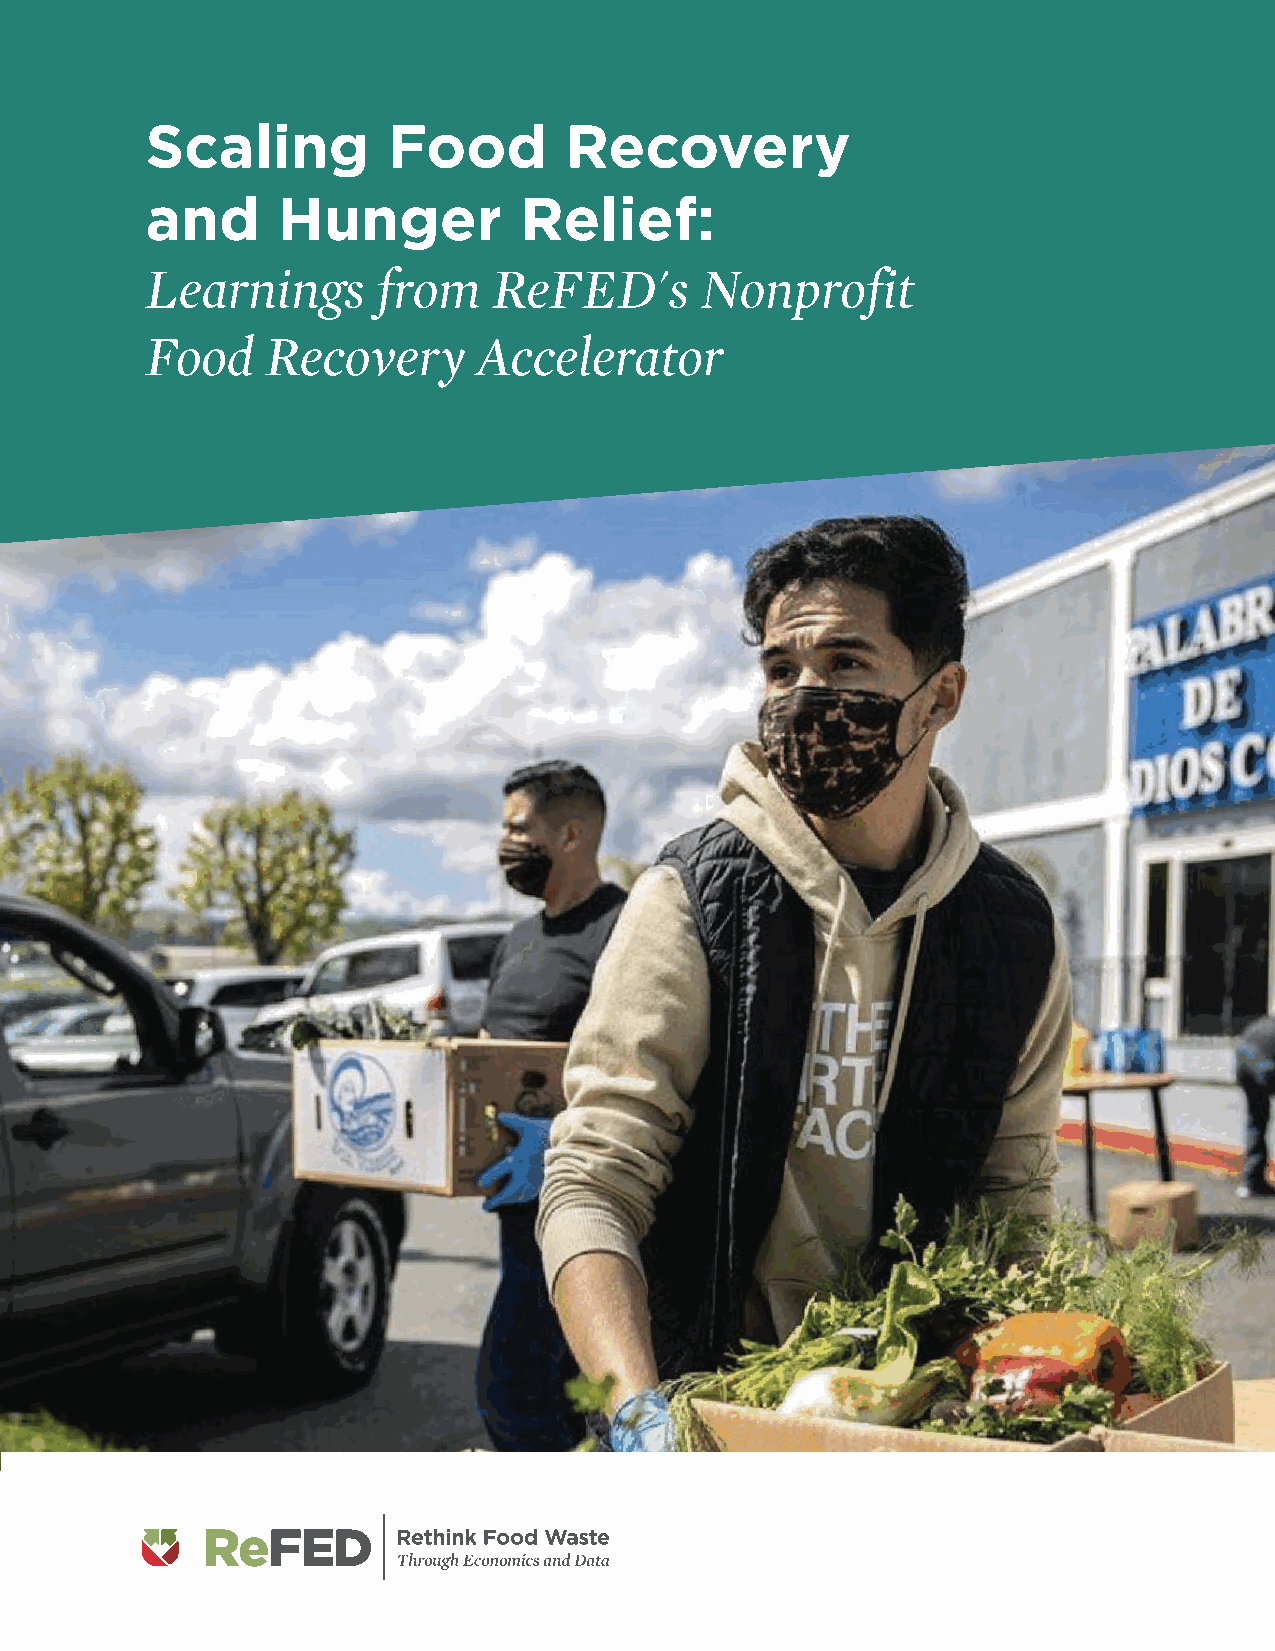
Scaling         Food       Recovery
 and     Hunger          Relief:
 Learnings      from    ReFED's      Nonprofit
 Food    Recovery      Accelerator